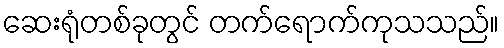
ဆေးရုံတစ်ခုတွင် တက်ရောက်ကုသသည်။